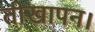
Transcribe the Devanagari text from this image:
तीखापन।